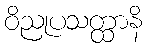
ဝိညုပသတ္ထာနိ